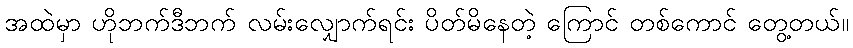
အထဲမှာ ဟိုဘက်ဒီဘက် လမ်းလျှောက်ရင်း ပိတ်မိနေတဲ့ ကြောင် တစ်ကောင် တွေ့တယ်။